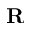
\mathbf { R }